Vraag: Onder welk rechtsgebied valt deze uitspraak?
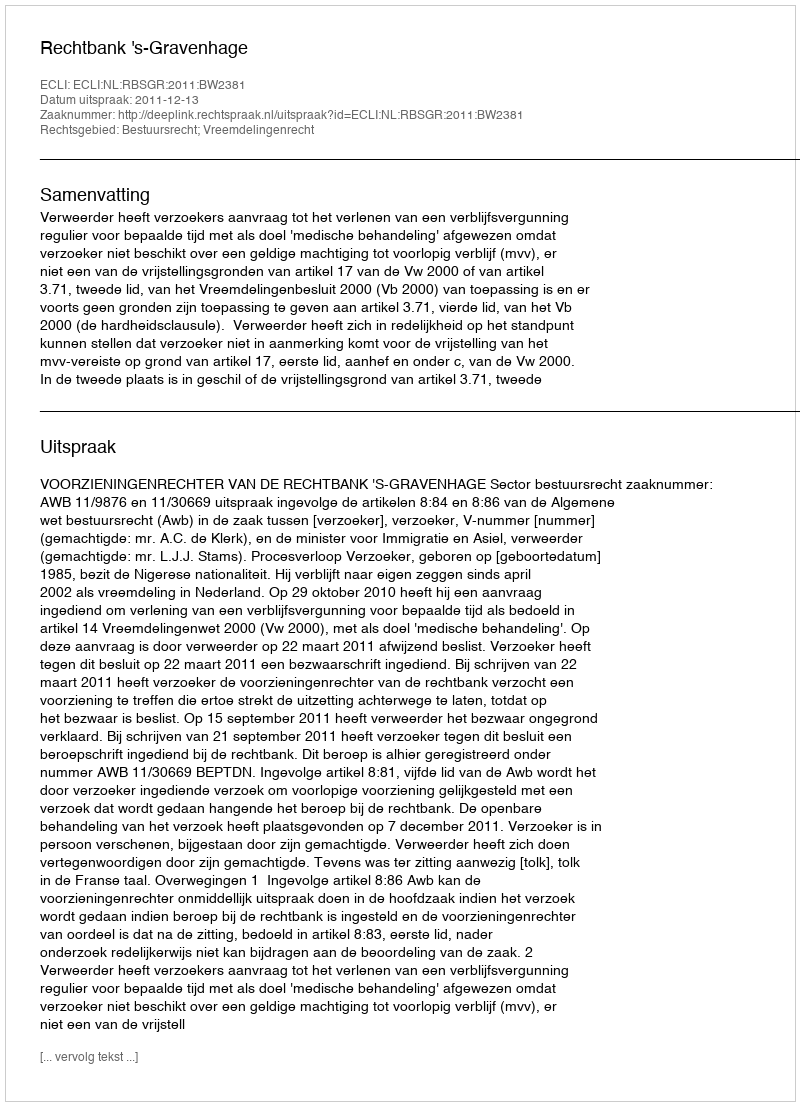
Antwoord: Bestuursrecht; Vreemdelingenrecht